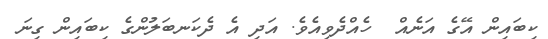
ކިބައިން އޭގެ އަނެއް  ހެއްދެވިއެވެ. އަދި އެ ދެކަނބަލުންގެ ކިބައިން ގިނަ